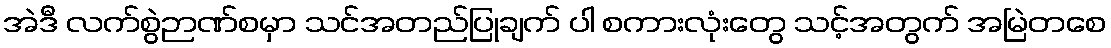
အဲဒီ လက်စွဲဉာဏ်စမှာ သင်အတည်ပြုချက် ပါ စကားလုံးတွေ သင့်အတွက် အမြဲတစေ